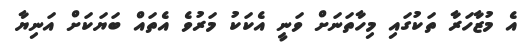
އެ މުޒާހަރާ ތަކުގައި މިހާތަނަށް ވަނީ އެކަކު މަރުވެ އެތައް ބަޔަކަށް އަނިޔާ